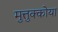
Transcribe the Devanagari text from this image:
मुत्तुक्कोया